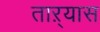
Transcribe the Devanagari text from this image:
ताऱ्यास